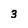
Character: 3